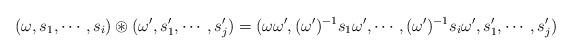
LaTeX: \begin{align*} (\omega, s_1, \cdots, s_i) \circledast (\omega', s'_1, \cdots, s'_j) = (\omega\omega', (\omega')^{-1} s_1 \omega', \cdots, (\omega')^{-1} s_i \omega', s'_1, \cdots, s'_j)\end{align*}